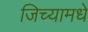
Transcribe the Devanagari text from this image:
जिच्यामधे